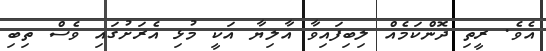
އެވެ. ރީތި ދޮންކަމެއް ލިބިފައިވާ އާލިޔާ އަކީ މުޅި އެރަށުގައި ވެސް ތިބި